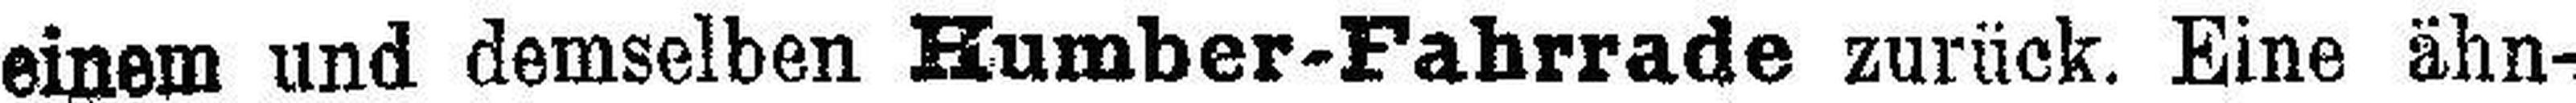
einem und demselben Humber-Fahrrade zurück. Eine ähn¬